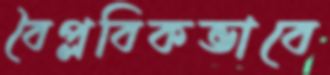
বৈপ্লবিকভাবে